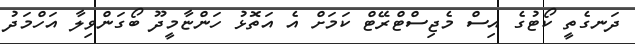
ދަނގެތީ ކޯޓުގެ އިސް މެޖިސްޓްރޭޓް ކަމަށް އެ އަތޮޅު ހަންޏާމީދޫ ބޯގަންވިލާ އަހްމަދު